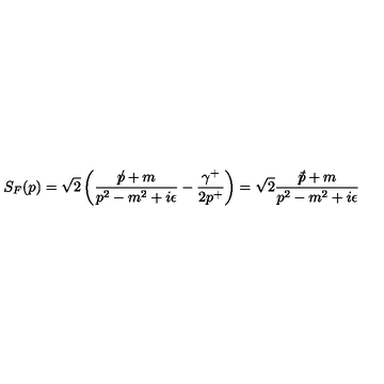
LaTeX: S _ { F } ( p ) = \sqrt { 2 } \left( \frac { p \! \! \! \slash + m } { p ^ { 2 } - m ^ { 2 } + i \epsilon } - \frac { \gamma ^ { + } } { 2 p ^ { + } } \right) = \sqrt { 2 } \frac { \bar { p } \! \! \! \slash + m } { p ^ { 2 } - m ^ { 2 } + i \epsilon }